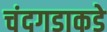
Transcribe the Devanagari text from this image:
चंदगडाकडे